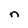
Character: n